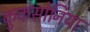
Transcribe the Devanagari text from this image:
कुकसोनिया